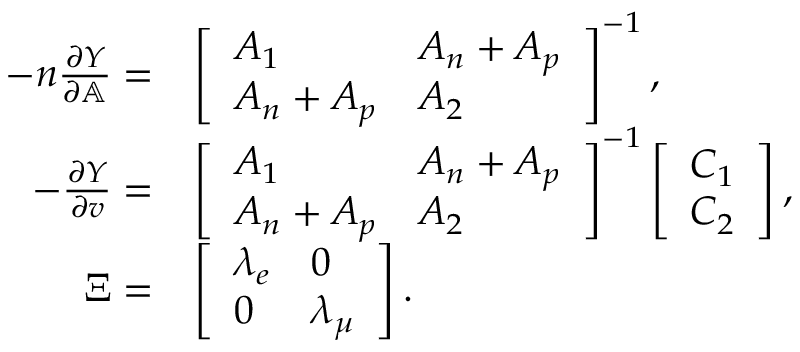
\begin{array} { r l } { - n \frac { \partial Y } { \partial \mathbb { A } } = } & { \left[ \begin{array} { l l } { A _ { 1 } } & { A _ { n } + A _ { p } } \\ { A _ { n } + A _ { p } } & { A _ { 2 } } \end{array} \right] ^ { - 1 } , } \\ { - \frac { \partial Y } { \partial v } = } & { \left[ \begin{array} { l l } { A _ { 1 } } & { A _ { n } + A _ { p } } \\ { A _ { n } + A _ { p } } & { A _ { 2 } } \end{array} \right] ^ { - 1 } \left[ \begin{array} { l } { C _ { 1 } } \\ { C _ { 2 } } \end{array} \right] , } \\ { \Xi = } & { \left[ \begin{array} { l l } { \lambda _ { e } } & { 0 } \\ { 0 } & { \lambda _ { \mu } } \end{array} \right] . } \end{array}